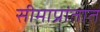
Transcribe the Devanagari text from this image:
सीमाप्रांतात